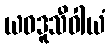
ယဝဒူသီဝါယံ